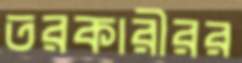
তরকারীরর